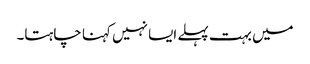
میں بہت پہلے ایسا نہیں کہنا چاہتا۔